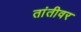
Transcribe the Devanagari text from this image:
तांतीवर